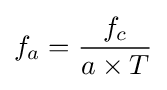
f_{a}={f_{c} \over a\times T}